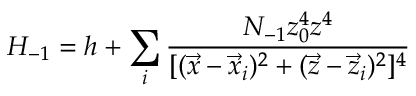
H _ { - 1 } = h + \sum _ { i } \frac { N _ { - 1 } z _ { 0 } ^ { 4 } z ^ { 4 } } { [ ( \vec { x } - \vec { x } _ { i } ) ^ { 2 } + ( \vec { z } - \vec { z } _ { i } ) ^ { 2 } ] ^ { 4 } }